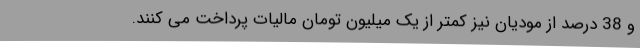
و 38 درصد از مودیان نیز کمتر از یک میلیون تومان مالیات پرداخت می کنند.